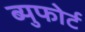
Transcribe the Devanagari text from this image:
ब्युफोर्ट